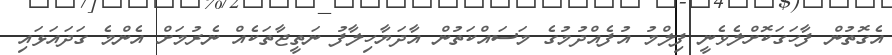
އެގޮތުން ފާހަގަކޮށްލެވެނީ ފިލްމު އުފެއްދުމުގެ މަސައްކަތުން އާދަޔާހިލާފު ނަތީޖާތަކެއް ނެރުމަށް އެންމެ ގަދައަޅައި